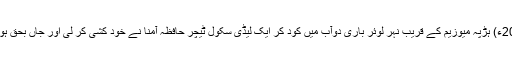
2016ء) ہڑپہ میوزیم کے قریب نہر لوئر باری دوآب میں کود کر ایک لیڈی سکول ٹیچر حافظہ آمنا نے خود کشی کر لی اور جاں بحق ہوگئی۔